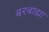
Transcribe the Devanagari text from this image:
बरबाह्या